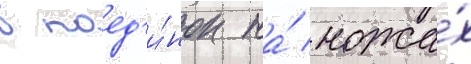
в поед'и́нок на́ ножа́х